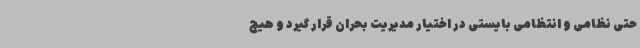
حتی نظامی و انتظامی بایستی در اختیار مدیریت بحران قرار گیرد و هیچ